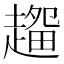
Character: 𰷽